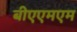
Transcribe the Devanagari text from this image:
बीएएमएम